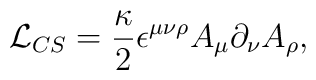
{\cal L}_{CS} =\frac{\kappa}{2}\epsilon^{\mu\nu\rho}A_\mu\partial_\nu A_\rho,